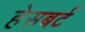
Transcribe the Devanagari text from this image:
हेसबर्ट